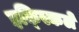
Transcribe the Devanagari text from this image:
इक्स्किले